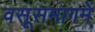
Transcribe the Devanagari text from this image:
वसूसमागमें